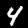
Digit: 4